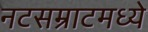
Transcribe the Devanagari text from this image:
नटसम्राटमध्ये